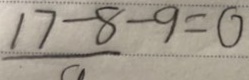
1 7 - 8 - 9 = 0